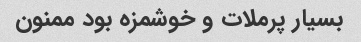
بسیار پرملات و خوشمزه بود ممنون